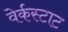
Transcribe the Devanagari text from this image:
वेर्कस्टाट